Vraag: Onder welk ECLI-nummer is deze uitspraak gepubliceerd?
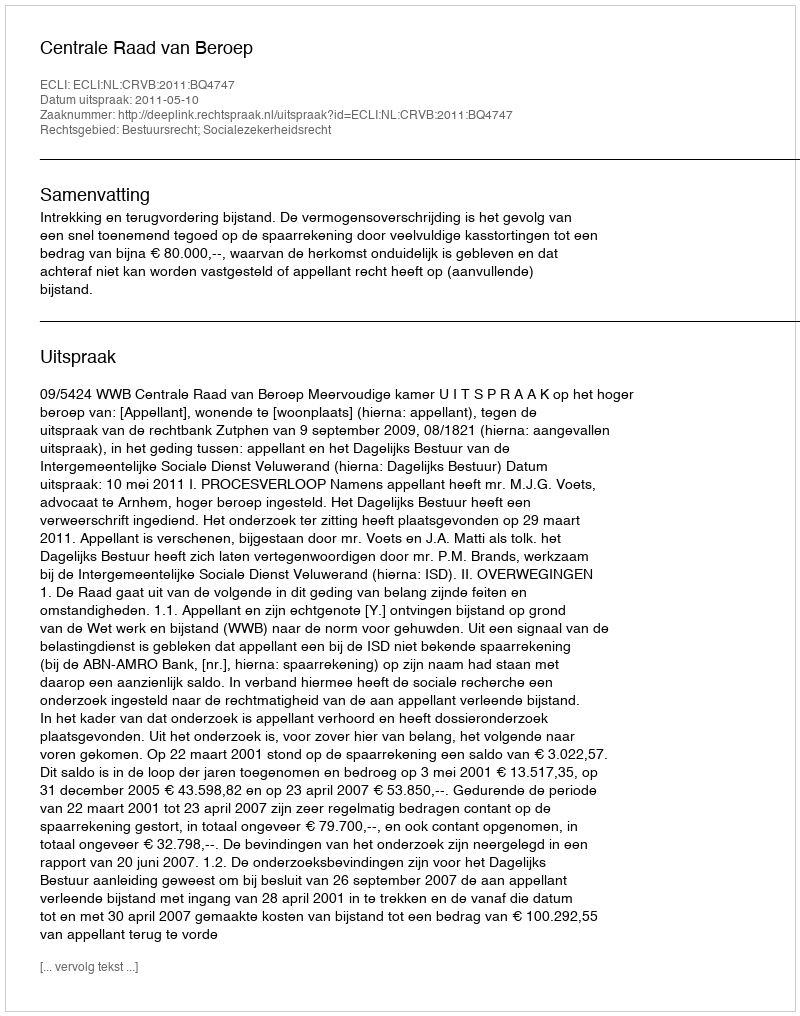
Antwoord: ECLI:NL:CRVB:2011:BQ4747